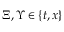
\Xi , \Upsilon \in \{ t , x \}